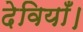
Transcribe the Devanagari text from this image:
देवियाँ।